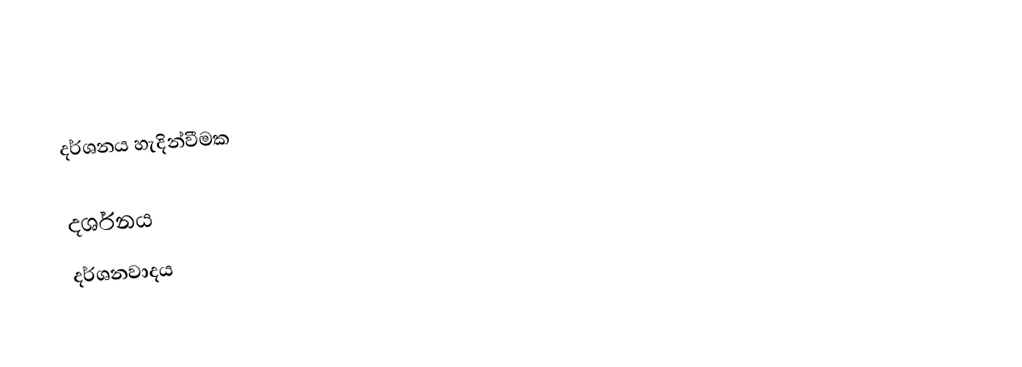
දර්ශනය හැදින්වීමක‍්‍

දර්ශනය
දර්ශනවාදය